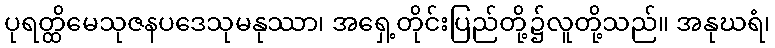
ပုရတ္ထိမေသုဇနပဒေသုမနုဿာ၊ အရှေ့တိုင်းပြည်တို့၌လူတို့သည်။ အနုဃရံ၊